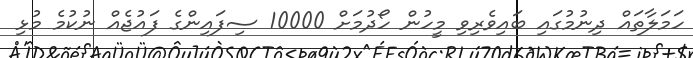
ހަމަލާތައް ދިނުމުގައި ބައިވެރިވި މީހުން ހޯދުމަށް 10000 ސިފައިންގެ ފައުޖެއް ނުކުމެ މުޅި